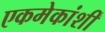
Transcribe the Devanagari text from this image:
एकमेकांशीं